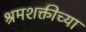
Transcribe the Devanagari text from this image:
श्रमशक्तीच्या